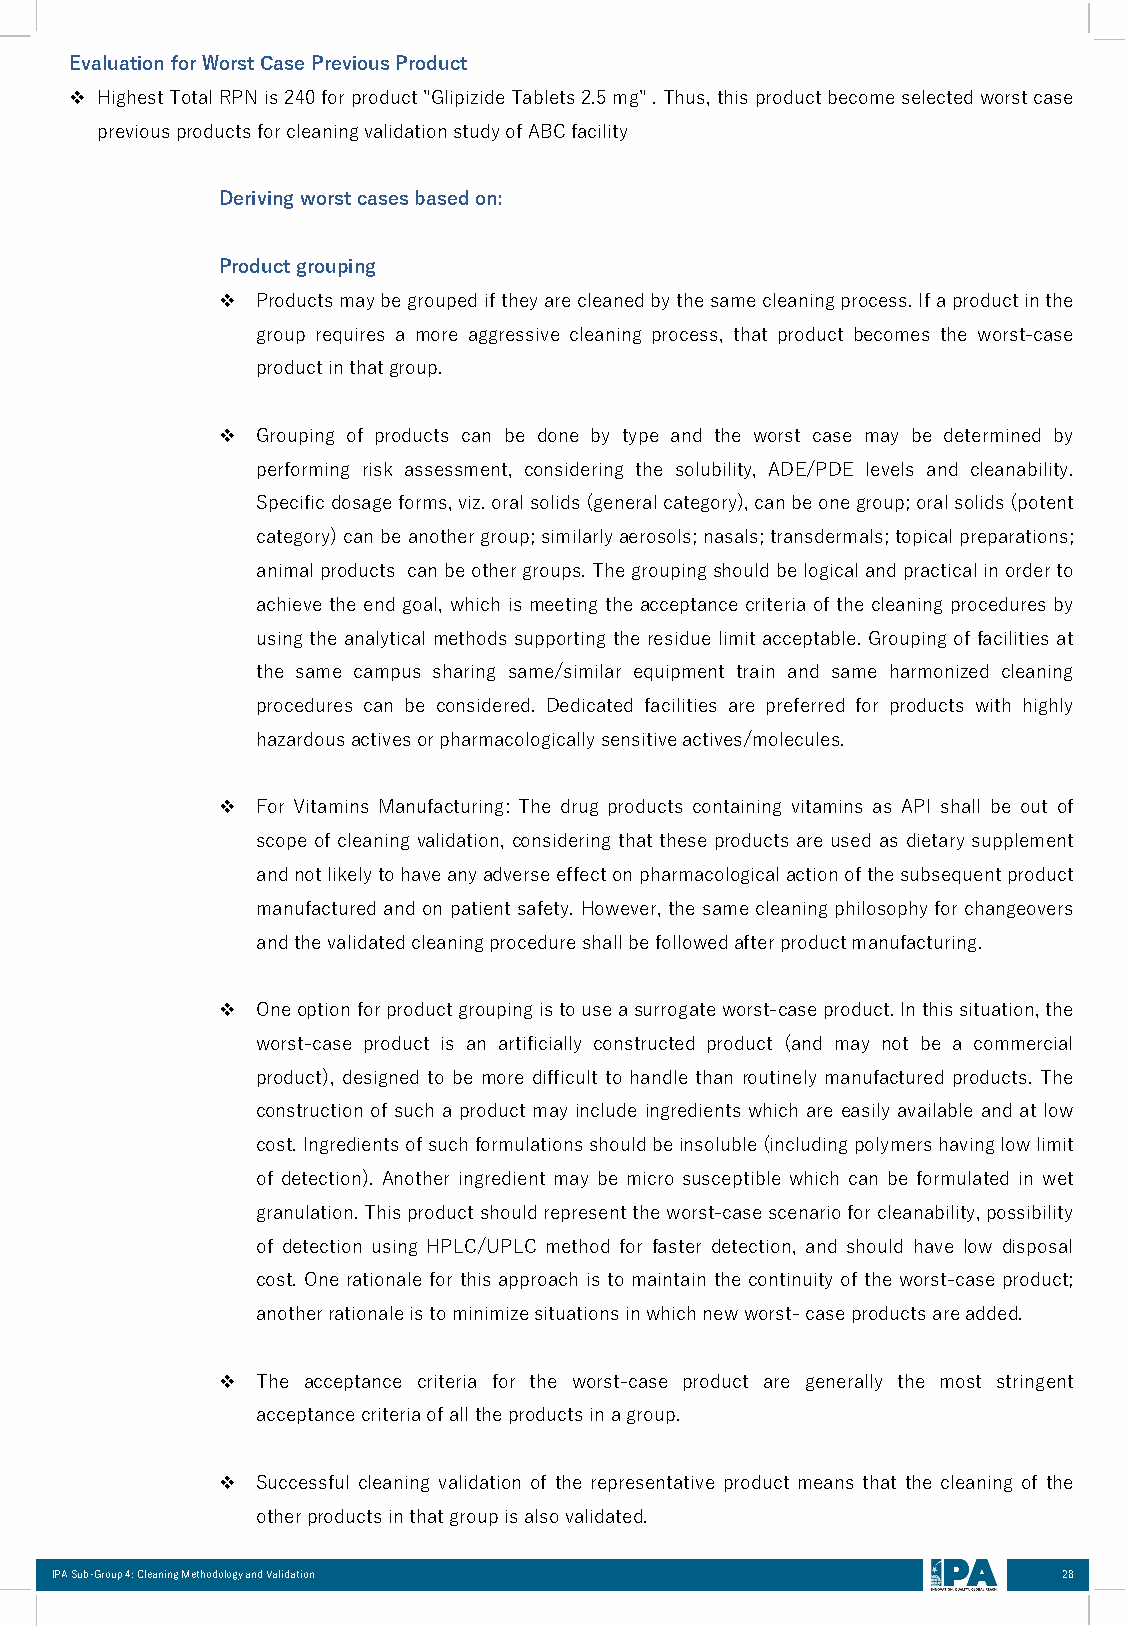
EvaluationforWorstCasePreviousProduct
 ❖ HighestTotalRPNis240forproduct"GlipizideTablets2.5mg".Thus,thisproductbecomeselectedworstcase
 previousproductsforcleaningvalidationstudyofABCfacility
 Derivingworstcasesbasedon:
 Productgrouping
 ❖  Productsmaybegroupediftheyarecleanedbythesamecleaningprocess.Ifaproductinthe
 group requires a more aggressive cleaning process, that product becomes the worst-case
 productinthatgroup.
 ❖  Grouping of products can be done by type and the worst case may be determined by
 performing risk assessment, considering the solubility, ADE/PDE levels and cleanability.
 Specificdosageforms,viz.oralsolids(generalcategory),canbeonegroup;oralsolids(potent
 category)canbeanothergroup;similarlyaerosols;nasals;transdermals;topicalpreparations;
 animalproducts canbeothergroups.Thegroupingshouldbelogicalandpracticalinorderto
 achieve the end goal, which is meeting the acceptance criteria of the cleaning procedures by
 using the analytical methods supporting the residue limit acceptable. Grouping of facilities at
 the same campus sharing same/similar equipment train and same harmonized cleaning
 procedures can be considered. Dedicated facilities are preferred for products with highly
 hazardousactivesorpharmacologicallysensitiveactives/molecules.
 ❖  For Vitamins Manufacturing: The drug products containing vitamins as API shall be out of
 scope of cleaning validation, considering that these products are used as dietary supplement
 andnotlikelytohaveanyadverseeffectonpharmacologicalactionofthesubsequentproduct
 manufactured andon patientsafety. However, the same cleaning philosophy forchangeovers
 andthevalidatedcleaningprocedureshallbefollowedafterproductmanufacturing.
 ❖  Oneoptionforproductgroupingistouseasurrogateworst-caseproduct.Inthissituation,the
 worst-case product is an artificially constructed product (and may not be a commercial
 product), designed to be more difficult to handle than routinely manufactured products. The
 construction of such a product may include ingredients which are easily available and at low
 cost.Ingredientsofsuchformulationsshouldbeinsoluble(includingpolymershavinglowlimit
 of detection). Another ingredient may be micro susceptible which can be formulated in wet
 granulation.Thisproductshouldrepresenttheworst-casescenarioforcleanability,possibility
 of detection using HPLC/UPLC method for faster detection, and should have low disposal
 cost. One rationale for this approach is to maintain the continuity of the worst-case product;
 anotherrationaleistominimizesituationsinwhichnewworst-caseproductsareadded.
 ❖  The acceptance criteria for the worst-case product are generally the most stringent
 acceptancecriteriaofalltheproductsinagroup.
 ❖  Successful cleaning validation of the representative product means that the cleaning of the
 otherproductsinthatgroupisalsovalidated.
 IPA Sub-Group 4: Cleaning Methodology and Validation               28